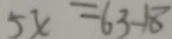
5 x = 6 3 - 1 8